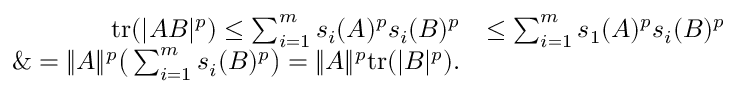
\begin{array} { r l } { \mathrm { t r } ( | A B | ^ { p } ) \le \sum _ { i = 1 } ^ { m } s _ { i } ( A ) ^ { p } s _ { i } ( B ) ^ { p } } & { \le \sum _ { i = 1 } ^ { m } s _ { 1 } ( A ) ^ { p } s _ { i } ( B ) ^ { p } } \\ { \& = \| A \| ^ { p } \big ( \sum _ { i = 1 } ^ { m } s _ { i } ( B ) ^ { p } \big ) = \| A \| ^ { p } \mathrm { t r } ( | B | ^ { p } ) . } \end{array}